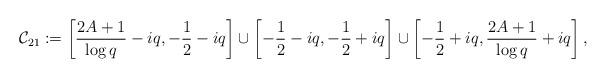
LaTeX: \begin{align*} \mathcal{C}_{21} := \left[\frac{2A+1}{\log q}-iq,-\frac{1}{2}-iq\right] \cup \left[-\frac{1}{2}-iq,-\frac{1}{2}+iq\right] \cup \left[-\frac{1}{2}+iq,\frac{2A+1}{\log q} +iq\right], \end{align*}